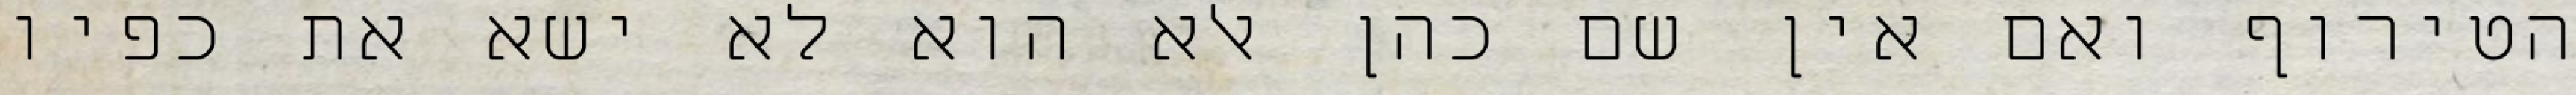
הטירוף ואם אין שם כהן אלא הוא לא ישא את כפיו